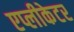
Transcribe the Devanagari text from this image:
एप्लीकेटर